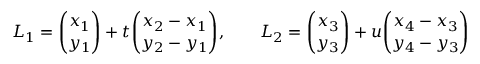
L _ { 1 } = { \binom { x _ { 1 } } { y _ { 1 } } } + t { \binom { x _ { 2 } - x _ { 1 } } { y _ { 2 } - y _ { 1 } } } , \qquad L _ { 2 } = { \binom { x _ { 3 } } { y _ { 3 } } } + u { \binom { x _ { 4 } - x _ { 3 } } { y _ { 4 } - y _ { 3 } } }